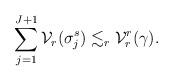
LaTeX: \begin{align*}\sum_{j=1}^{J+1}\mathcal{V}_r(\sigma_j^s)\lesssim_r \mathcal{V}_r^r(\gamma).\end{align*}